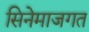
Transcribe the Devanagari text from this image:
सिनेमाजगत